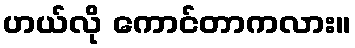
ဟယ်လို ကောင်တာကလား။